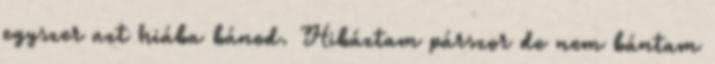
egyszer azt hiába bánod. Hibáztam párszor de nem bántam